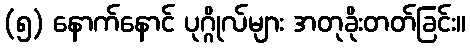
(၅) နောက်နောင် ပုဂ္ဂိုလ်များ အတုခိုးတတ်ခြင်း။